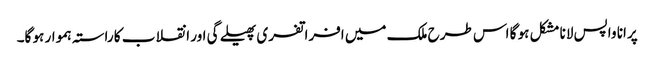
پرانا واپس لانا مشکل ہو گا اس طرح ملک میں افراتفری پھیلے گی اور انقلاب کا راستہ ہموار ہو گا۔